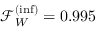
\mathcal { F } _ { W } ^ { ( \mathrm { i n f } ) } = 0 . 9 9 5